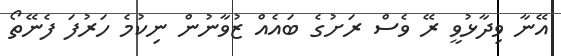
އޭނާ ވިދާޅުވީ ރޭ ވެސް ރަށުގެ ބައެއް ޒުވާނުން ނިކުމެ ހަރުފަ ފެނޭތޯ